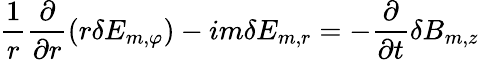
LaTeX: \frac{1}{r}\frac{\partial}{\partial r}(r\delta E_{m,\varphi})-im\delta E_{m,r}=-\frac{\partial}{\partial t}\delta B_{m,z}